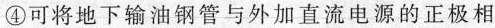
④可将地下输油钢管与外加直流电源的正极相